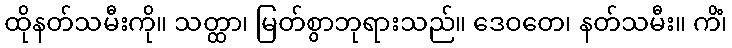
ထိုနတ်သမီးကို။ သတ္ထာ၊ မြတ်စွာဘုရားသည်။ ဒေဝတေ၊ နတ်သမီး။ ကိံ၊